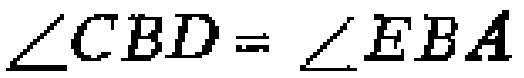
\(\angle CBD = \angle EBA\)